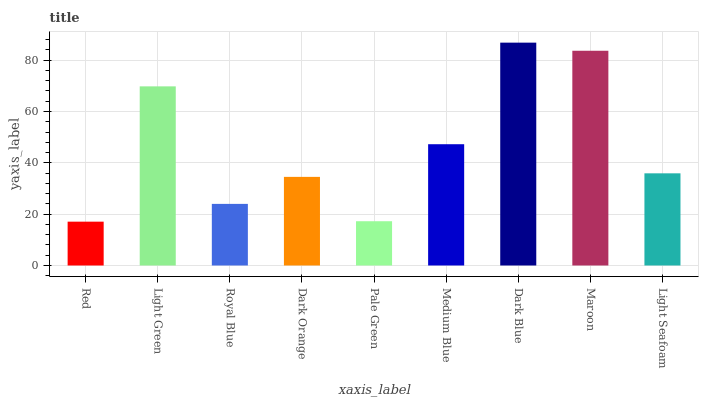
| xaxis_label | bars |
 | --- | --- |
 | Red | 17.1 |
 | Light Green | 69.8 |
 | Royal Blue | 24 |
 | Dark Orange | 34.5 |
 | Pale Green | 17.3 |
 | Medium Blue | 47.3 |
 | Dark Blue | 86.8 |
 | Maroon | 83.7 |
 | Light Seafoam | 35.9 |